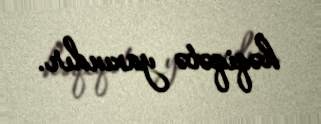
həqiqətə yaxındır.